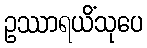
ဥဿာရယိံသုပေ